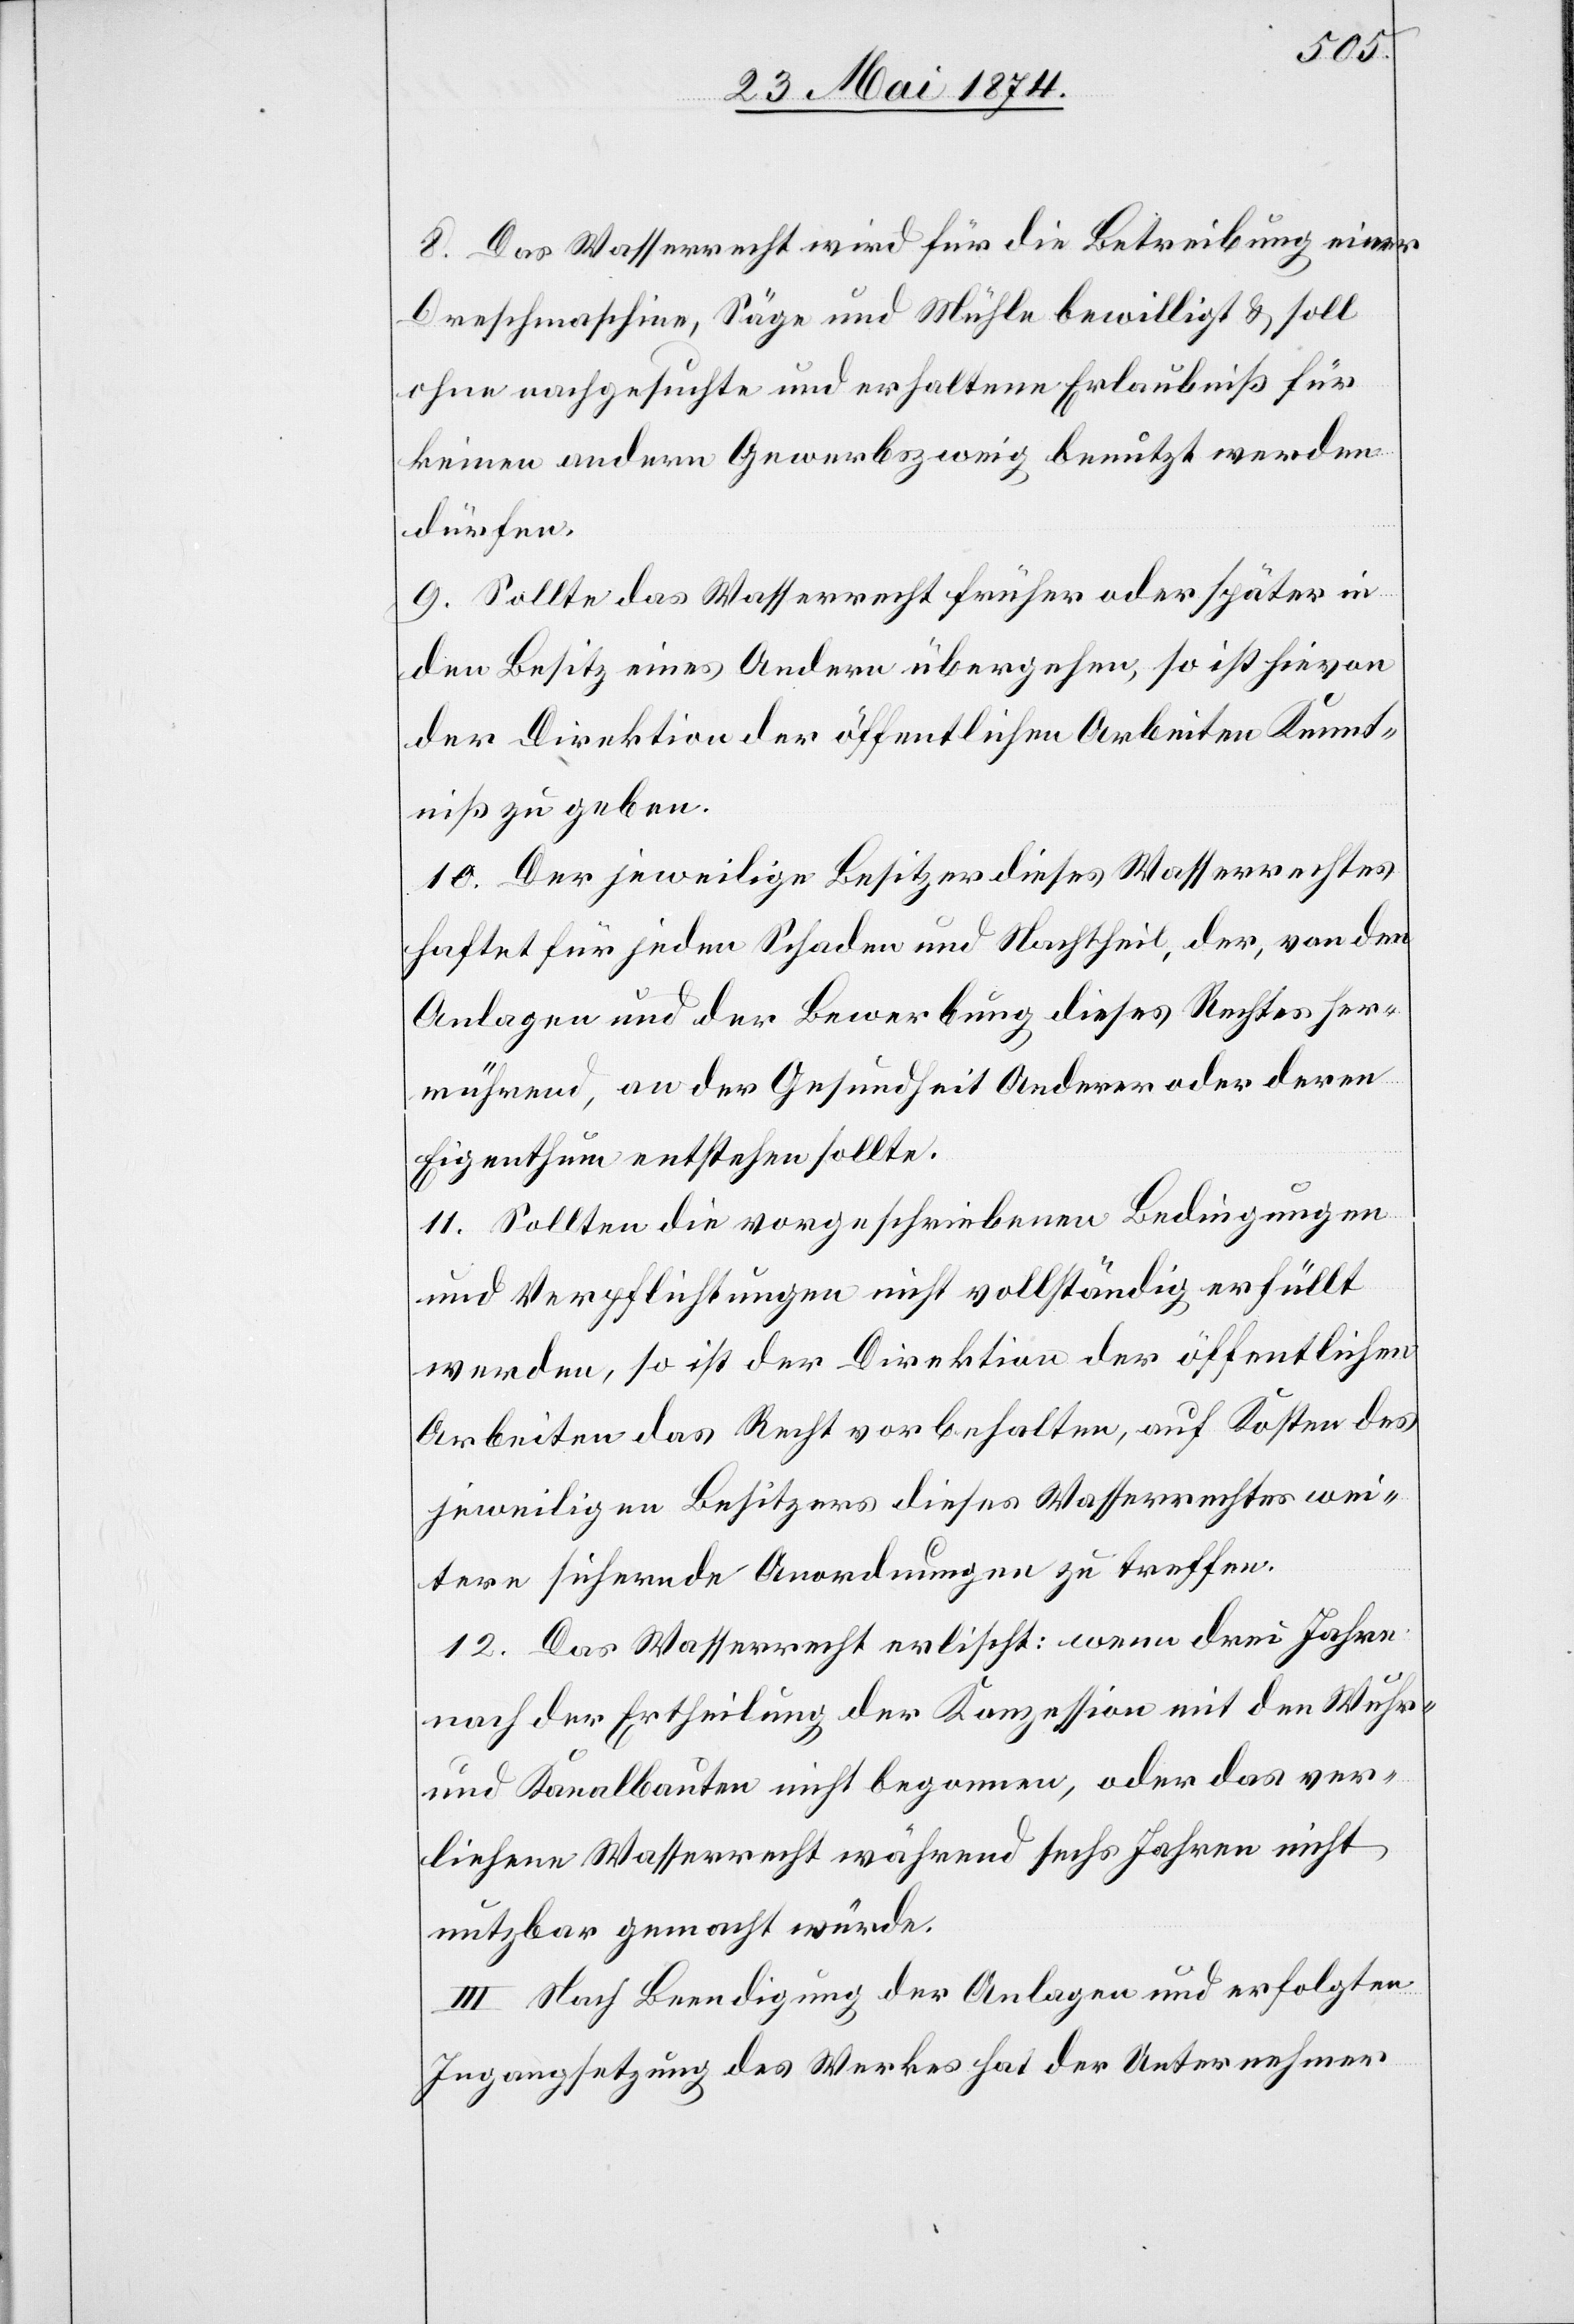
8. Das Wasserrecht wird für die Betreibung einer
Dreschmaschine, Säge und Mühle bewilligt u. soll
ohne nachgesuchte und erhaltene Erlaubniß für
keinen andern Gewerbszweig benutzt werden
dürfen.
9. Sollte das Wasserrecht früher oder später in
den Besitz eines Andern übergehen, so ist hievon
der Direktion der öffentlichen Arbeiten Kennt¬
niß zu geben.
10. Der jeweilige Besitzer dieses Wasserrechtes
haftet für jeden Schaden und Nachtheil, der, von den
Anlagen und der Bewerbung dieses Rechtes her¬
rührend, an der Gesundheit Anderer oder deren
Eigenthum entstehen sollte.
11. Sollten die vorgeschriebenen Bedingungen
und Verpflichtungen nicht vollständig erfüllt
werden, so ist der Direktion der öffentlichen
Arbeiten das Recht vorbehalten, auf Kosten des
jeweiligen Besitzers dieses Wasserrechtes wei¬
tere sichernde Anordnungen zu treffen.
12. Das Wasserrecht erlischt: wenn drei Jahre
nach der Ertheilung der Konzession mit den Wuhr-
und Kanalbauten nicht begonnen, oder das ver¬
liehene Wasserrecht während sechs Jahren nicht
nutzbar gemacht würde.
III. Nach Beendigung der Anlagen und erfolgten
Ingangsetzung des Werkes hat der Unternehmer